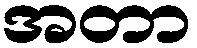
အတာ